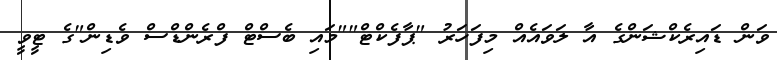
ވަން ޑައިރެކްޝަންގެ އާ ލަވައެއް މިފަހަރު "ޕާފެކްޓް""މައި ބެސްޓް ފްރެންޑްސް ވެޑިން"ގެ ޓީވީ